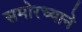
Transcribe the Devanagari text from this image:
समोरच्याने